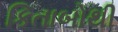
કિતાબોથી